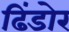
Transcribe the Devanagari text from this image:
ढिंडोर